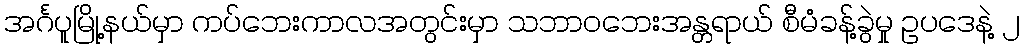
အင်္ဂပူမြို့နယ်မှာ ကပ်ဘေးကာလအတွင်းမှာ သဘာဝဘေးအန္တရာယ် စီမံခန့်ခွဲမှု ဥပဒေနဲ့ ၂